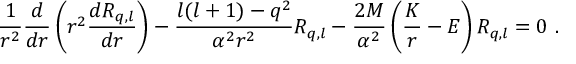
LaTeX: \frac 1 { r ^ { 2 } } \frac d { d r } \left( r ^ { 2 } \frac { d R _ { q , l } } { d r } \right) - \frac { l ( l + 1 ) - q ^ { 2 } } { \alpha ^ { 2 } r ^ { 2 } } R _ { q , l } - \frac { 2 M } { \alpha ^ { 2 } } \left( \frac K r - E \right) R _ { q , l } = 0 \ .